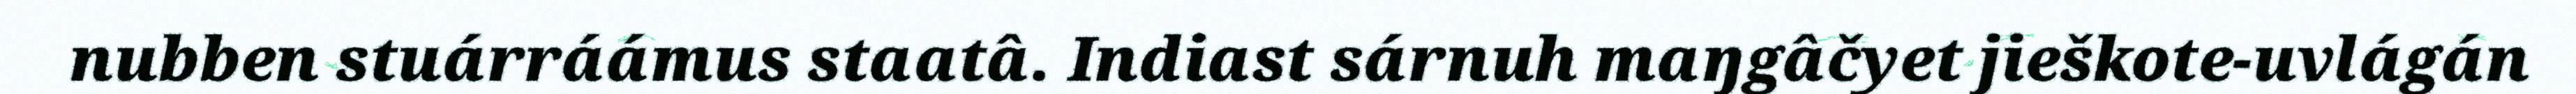
nubben stuárráámus staatâ. Indiast sárnuh maŋgâčyet jieškote-uvlágán